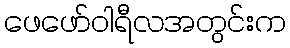
ဖေဖော်ဝါရီလအတွင်းက